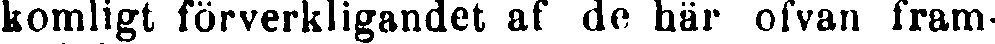
komligt förverkligandet af de här ofvan fram-